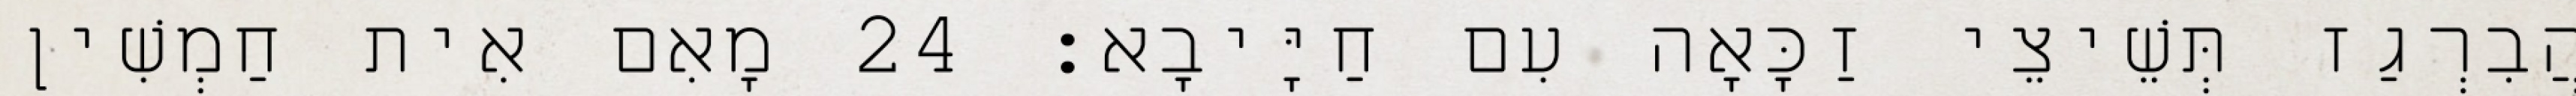
הֲבִרְגַז תְּשֵׁיצֵי זַכָּאָה עִם חַיָּיבָא׃ 24 מָאִם אִית חַמְשִׁין